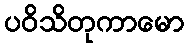
ပဝိသိတုကာမော